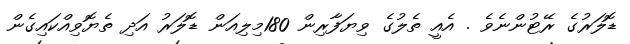
ޑޮލަރުގެ ރޭޓުންނެވެ . އެއީ ތެލުގެ ވިޔަފާރިން 180މިލިއަން ޑޮލަރު އަދި ތެޔޮވިއްކައިގެން